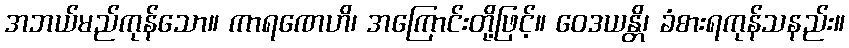
အဘယ်မည်ကုန်သော။ ကာရဏေဟိ၊ အကြောင်းတို့ဖြင့်။ ဝေဒယန္တိ၊ ခံစားရကုန်သနည်း။